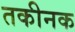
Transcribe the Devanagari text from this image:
तकीनक